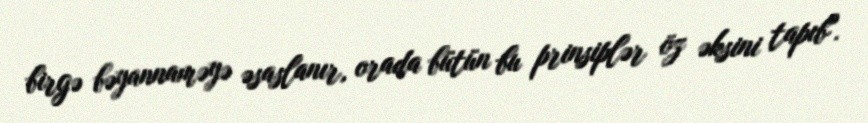
birgə bəyannaməyə əsaslanır, orada bütün bu prinsiplər öz əksini tapıb".